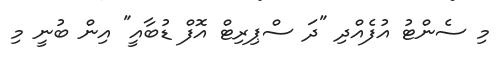
މި ސެންޓު އުފެއްދި "ދަ ސްޕިރިޓް އޮފް ޑުބާއީ" އިން ބުނީ މި